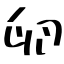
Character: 卵